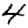
Digit: 4